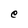
Character: e